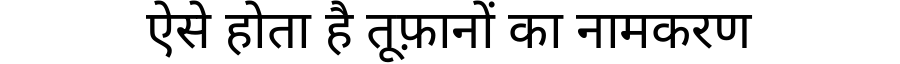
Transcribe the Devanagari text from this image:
ऐसे होता है तूफ़ानों का नामकरण